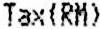
TAX(RM)